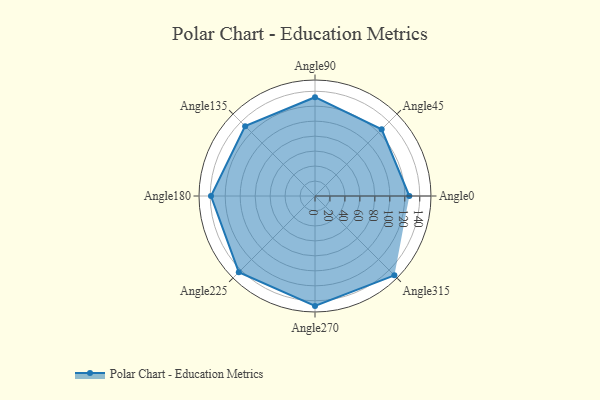
{"axis": {"x": "Angle", "y": "Radius"}, "legend": [""], "data": [{"x": "Angle0", "y": 126.0, "type": ""}, {"x": "Angle45", "y": 126.0, "type": ""}, {"x": "Angle90", "y": 132.0, "type": ""}, {"x": "Angle135", "y": 132.0, "type": ""}, {"x": "Angle180", "y": 139.0, "type": ""}, {"x": "Angle225", "y": 144.0, "type": ""}, {"x": "Angle270", "y": 147.0, "type": ""}, {"x": "Angle315", "y": 150.0, "type": ""}]}